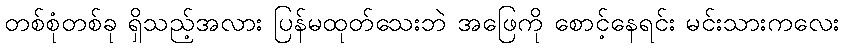
တစ်စုံတစ်ခု ရှိသည့်အလား ပြန်မထုတ်သေးဘဲ အဖြေကို စောင့်နေရင်း မင်းသားကလေး